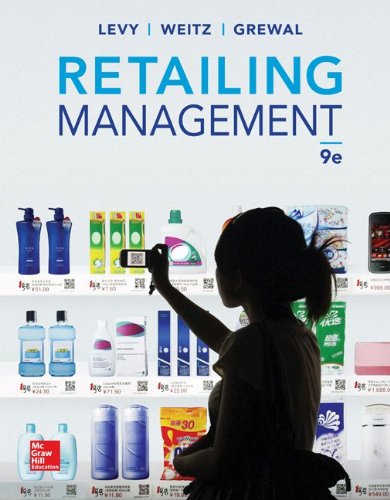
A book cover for Retailing Management, 9th Edition; Michael Levy; Business & Money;